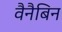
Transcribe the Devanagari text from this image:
वैनैबिन